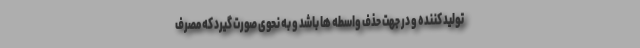
تولید کننده و در جهت حذف واسطه ها باشد و به نحوی صورت گیرد که مصرف